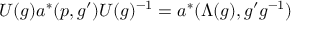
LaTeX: U ( g ) a ^ { * } ( p , g ^ { \prime } ) U ( g ) ^ { - 1 } = a ^ { * } ( \Lambda ( g ) , g ^ { \prime } g ^ { - 1 } )